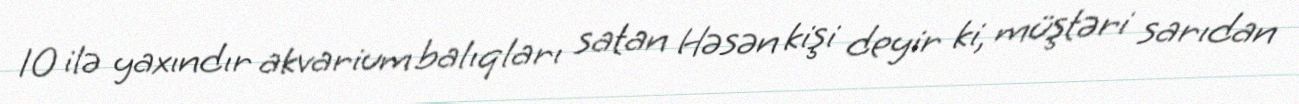
10 ilə yaxındır akvarium balıqları satan Həsən kişi deyir ki, müştəri sarıdan